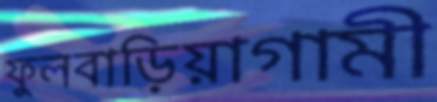
ফুলবাড়িয়াগামী